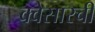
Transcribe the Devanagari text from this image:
क्वेसारची